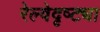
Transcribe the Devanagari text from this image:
रेल्वेदृष्ट्या